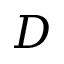
D